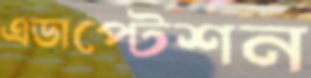
এডাপ্টেশন